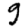
Digit: 9